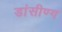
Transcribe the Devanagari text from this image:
डांसीण्ग